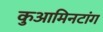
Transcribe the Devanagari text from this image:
कुआमिनटांग